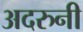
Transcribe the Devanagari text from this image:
अदरुनी